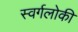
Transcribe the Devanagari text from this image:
स्वर्गलोकी